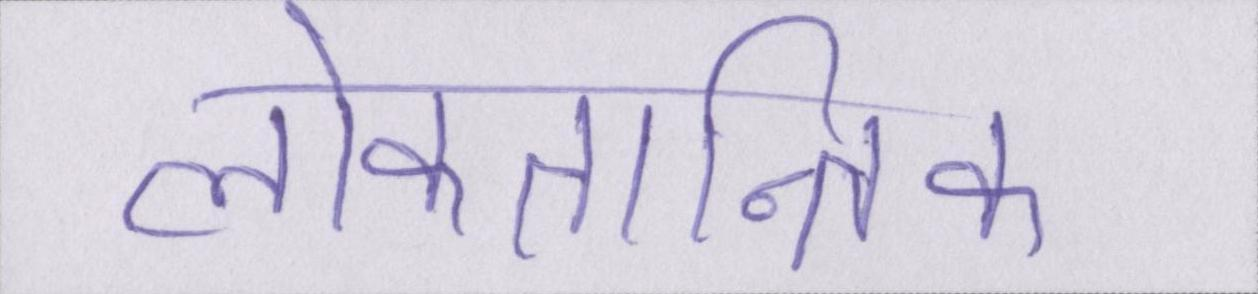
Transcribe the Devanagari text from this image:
लोकतान्त्रिक